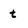
Character: t